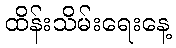
ထိန်းသိမ်းရေးနေ့